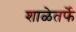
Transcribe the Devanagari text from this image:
शाळेतर्फे